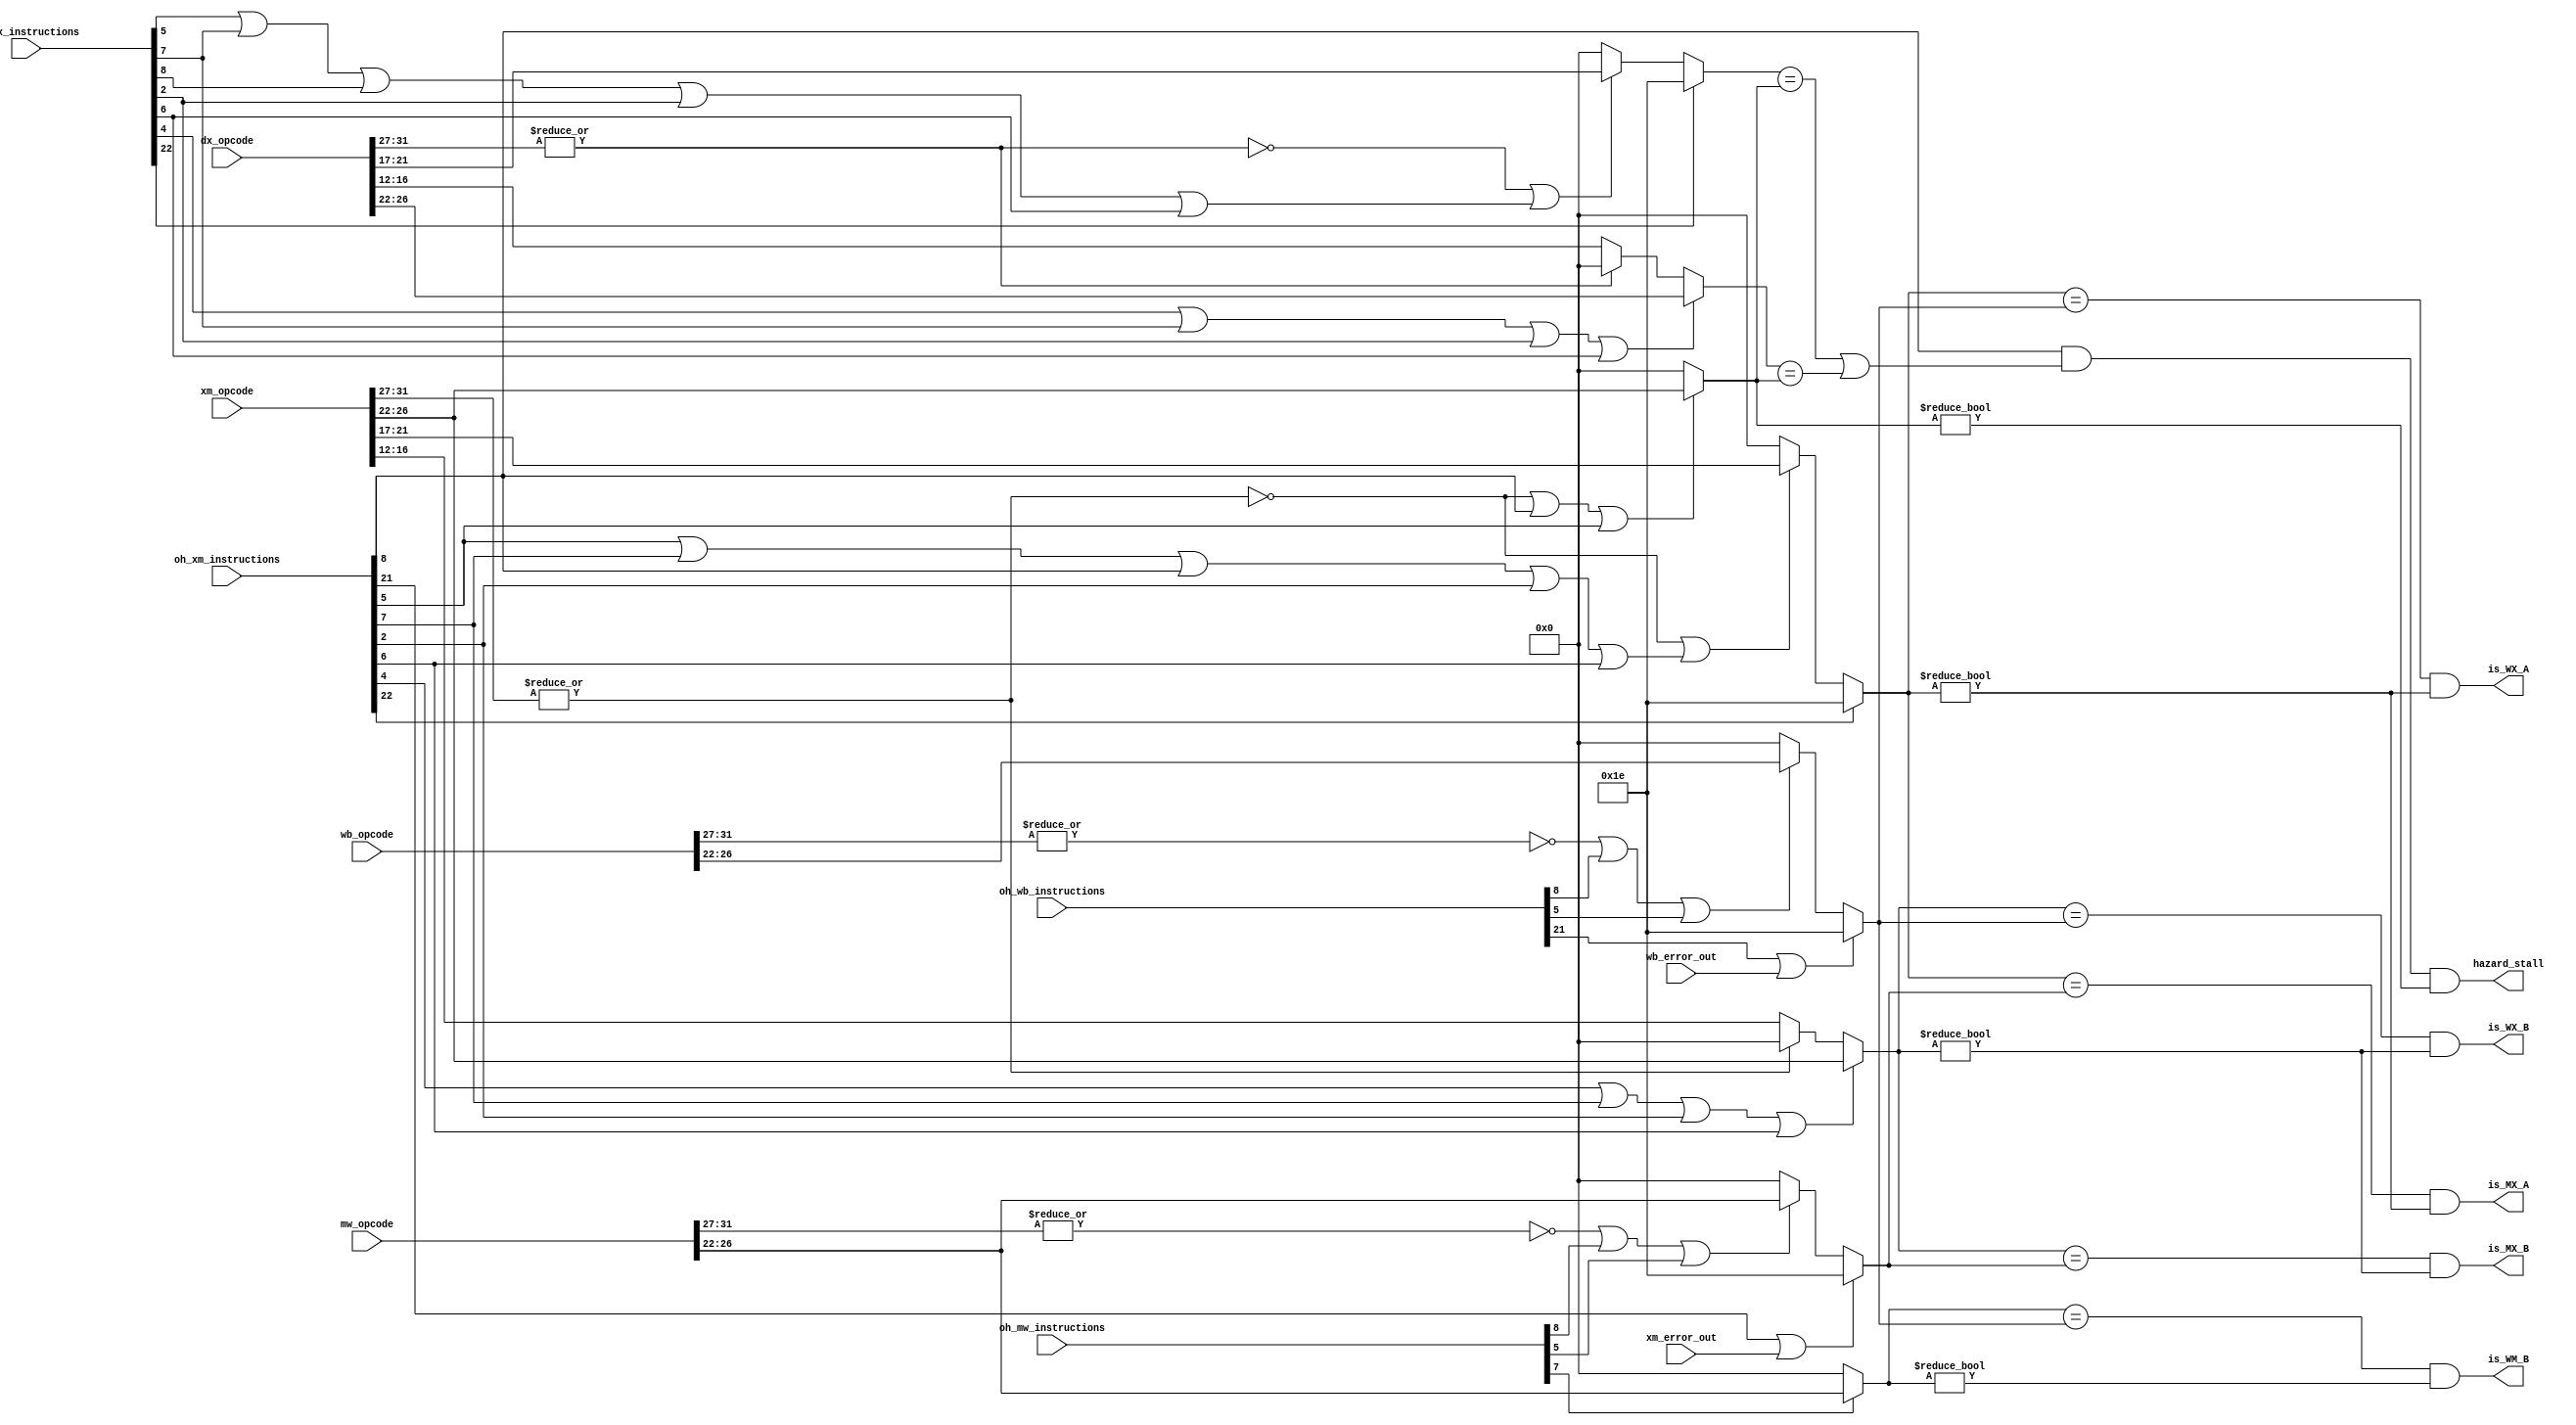
module hazards(is_MX_A, is_MX_B, is_WX_A, is_WX_B, is_WM_B, hazard_stall, oh_dx_instructions, oh_xm_instructions, oh_mw_instructions, oh_wb_instructions, dx_opcode, xm_opcode, mw_opcode, wb_opcode, xm_error_out, wb_error_out);

    input [31:0] dx_opcode, xm_opcode, mw_opcode, wb_opcode; //instructions in each stage
    input [31:0] oh_dx_instructions, oh_xm_instructions, oh_mw_instructions, oh_wb_instructions;  //32 bit OH based on what instruction that stage has (see control for guide)
    input xm_error_out, wb_error_out;
    output is_MX_A, is_MX_B, is_WX_A, is_WX_B, is_WM_B, hazard_stall;
//hazards to fix

    //data hazards

    //Stalling: read before write
        //FD.rs1 or FD.rs2 == DX.RD or XM.RD -> if an input reg of instruction in DX is output of instruction in XM or MW
            //TO FIX-> Insert a NOP going out of DX stage and halt PC and FD stage

    //Bypassing: -> how to compare-> use a bunch of XORs. If the output is all 0, then they are equal
        //MX bypassing -> if output reg in MW is an input reg in XM, bypass with mux into XM (done)
        //WX bypassing -> if output reg in WB is an input reg in XM, bypass with mux into XM (done)
        //CAN DO THIS FOR BOTH A AND B INPUT REGISTERS

        //WM bypassing -> if output reg in WB is data register in MW (register B), mux it into data

    //Stall and bypass
        //if load output is right in front of input of that register, need to stall just 1 and then bypass from wb stage



    //Instructions that will never require bypassing (the ji instructions):
        //j T
        //jal T
        //bex T
        //setx T

    //TODO!!!!!: could be a hazard for setx or if there is an error in the alu
    //TODO-> need to fix hazards for setx and other r30 operations-> rd is always 30, but I haven't done that yet
        //bext -> A is always r30 [22] (done)
        //setx -> rd is always r30 [21] (done)
    //TODO-> if there is an exception in the execute stage, I need to check on reg 30 for previous stage
    //TODO-> might have flipped the lw sw edge case thing, need to double check
    //DX hazard logic
    wire dx_is_R, dx_is_I, dx_is_Ji, dx_is_Jii; //Important for figuring out which registers are actually important for stalling and bypassing
    
    assign dx_is_R = ~|dx_opcode[31:27];
    assign dx_is_I = oh_dx_instructions[5] ||  oh_dx_instructions[7] || oh_dx_instructions[8] || oh_dx_instructions[2] || oh_dx_instructions[6];
    assign dx_is_Ji = oh_dx_instructions[1] || oh_dx_instructions[3] || oh_dx_instructions[22] || oh_dx_instructions[21];
    assign dx_is_Jii = oh_dx_instructions[4];

    wire [4:0] dx_in_A, dx_in_B, dx_out, dx_a_bridge, dx_b_bridge;
    wire hazard_stall;
    //TODO: if we can't bypass the thing later, we will need to stall it here
    
    assign dx_a_bridge = (dx_is_R || dx_is_I) ? dx_opcode[21:17] : 5'b0; //TODO: think I found a bug here, will test it for edge case
    assign dx_in_A = oh_dx_instructions[22] ? 5'd30 : dx_a_bridge; //if it's a bex, the register A is always 30
    assign dx_b_bridge = dx_is_R ? dx_opcode[16:12] : 5'b0; //if it's an R type instruction, B is rt, else, it will be overwritten in execute so doesn't matter
    assign dx_in_B = (dx_is_Jii || oh_dx_instructions[7] || oh_dx_instructions[2] || oh_dx_instructions[6]) ? dx_opcode[26:22] : dx_b_bridge; // for branching, sw, and jr, B really matters and is rd, else, B is 0

    //TODO: this could be made more efficient, as not all instructions where this is true actually need to do operations on the values
    assign hazard_stall = oh_xm_instructions[8] && ((dx_in_A == xm_out) || (dx_in_B == xm_out)) && (xm_out != 5'b0); //if we have a load and need to operate on the input
    

    //if we have a load right before any operation that requires that data (except for store)
    //TODO: some weird logic about storing for stalls

    //XM hazard logic
    wire xm_is_R, xm_is_I, xm_is_Ji, xm_is_Jii; //Important for figuring out which registers are actually important for stalling and bypassing
    
    assign xm_is_R = ~|xm_opcode[31:27];
    assign xm_is_I = oh_xm_instructions[5] ||  oh_xm_instructions[7] || oh_xm_instructions[8] || oh_xm_instructions[2] || oh_xm_instructions[6];
    assign xm_is_Ji = oh_xm_instructions[1] || oh_xm_instructions[3] || oh_xm_instructions[22] || oh_xm_instructions[21];
    assign xm_is_Jii = oh_xm_instructions[4];
    
    wire [4:0] xm_in_A, xm_in_B, xm_out, xm_a_bridge, xm_b_bridge;
    assign xm_out = (xm_is_R || oh_xm_instructions[8] || oh_xm_instructions[5]) ? xm_opcode[26:22] : 5'b0; //rd will be 26:22 if R, lw, addi instruction, else doesn't matter

    //MX Bypass
    assign xm_a_bridge = (xm_is_R || xm_is_I) ? xm_opcode[21:17] : 5'b0;
    assign xm_in_A = oh_xm_instructions[22] ? 5'd30 : xm_a_bridge; //if it's a bex, the register A is always 30

    // assign xm_in_A = (xm_is_R || xm_is_I) ? xm_opcode[21:17] : 5'b0;
    assign xm_b_bridge = xm_is_R ? xm_opcode[16:12] : 5'b0; //if it's an R type instruction, B is rt
    assign xm_in_B = (xm_is_Jii || oh_xm_instructions[7] || oh_xm_instructions[2] || oh_xm_instructions[6]) ? xm_opcode[26:22] : xm_b_bridge; // for branching, sw, and jr, B really matters and is rd, else, B is 0

    //Decide MX Bypass for A and B
    //TODO -> can have this logic and then have control to see if the value would actually be written into the register by having an early reg wren calculation
        //that way, we won't bypass if it really isn't necessary
    wire is_MX_A, is_MX_B;
    //If the output register in MW stage is input to xm stage, we need to wormhole the value in
    assign is_MX_A = (xm_in_A == mw_out) && (xm_in_A != 5'b0);
    assign is_MX_B = (xm_in_B == mw_out) && (xm_in_B != 5'b0); 

    //Decide WX Bypass for A and B
    wire is_WX_A, is_WX_B;
    //If the output register in WB stage is input to xm stage, we need to wormhole the value in
    assign is_WX_A = (xm_in_A == wb_out) && (xm_in_A != 5'b0);
    assign is_WX_B = (xm_in_B == wb_out) && (xm_in_B != 5'b0); 
    
    //mw hazard logic
    wire mw_is_R, mw_is_I, mw_is_Ji, mw_is_Jii; //Important for figuring out which registers are actually important for stalling and bypassing
    
    assign mw_is_R = ~|mw_opcode[31:27];
    assign mw_is_I = oh_mw_instructions[5] ||  oh_mw_instructions[7] || oh_mw_instructions[8] || oh_mw_instructions[2] || oh_mw_instructions[6];
    assign mw_is_Ji = oh_mw_instructions[1] || oh_mw_instructions[3] || oh_mw_instructions[22] || oh_mw_instructions[21];
    assign mw_is_Jii = oh_mw_instructions[4];

    wire [4:0] mw_in_B, mw_out, mw_out_bridge; //mw_in_A not needed
    // assign mw_out = xm_is_Ji ? 5'b0 : xm_opcode[26:22]; //rd will always be 26:22 unless JI instruction -> no longer true
    assign mw_out_bridge = (mw_is_R || oh_mw_instructions[8] || oh_mw_instructions[5]) ? mw_opcode[26:22] : 5'b0; //rd will be 26:22 if R, lw, addi instruction, else doesn't matter
    assign mw_out = (oh_xm_instructions[21] || xm_error_out) ? 5'd30 : mw_out_bridge; //setx always has rd = 30; //TODO: alu exception will go here
    //Decide WM bypass 
    wire is_WM_B;
    assign mw_in_B = oh_mw_instructions[7] ? mw_opcode[26:22] : 5'b0; // for sw B really matters and is rd, else, B is 0;
    assign is_WM_B = (mw_in_B == wb_out) && (mw_in_B != 5'b0);


    //wb hazard logic
    wire wb_is_R, wb_is_I, wb_is_Ji, wb_is_Jii; //Important for figuring out which registers are actually important for stalling and bypassing
    assign wb_is_R = ~|wb_opcode[31:27];
    assign wb_is_I = oh_wb_instructions[5] ||  oh_wb_instructions[7] || oh_wb_instructions[8] || oh_wb_instructions[2] || oh_wb_instructions[6];
    assign wb_is_Ji = oh_wb_instructions[1] || oh_wb_instructions[3] || oh_wb_instructions[22] || oh_wb_instructions[21];
    assign wb_is_Jii = oh_wb_instructions[4];

    wire [4:0] wb_out, wb_out_bridge;  // wb_in_A, wb_in_B not needed

    assign wb_out_bridge = (wb_is_R || oh_wb_instructions[8] || oh_wb_instructions[5]) ? wb_opcode[26:22] : 5'b0; //rd will be 26:22 if R, lw, addi instruction, else doesn't matter
    assign wb_out = (oh_wb_instructions[21] || wb_error_out) ? 5'd30 : wb_out_bridge; //setx always has rd = 30; //TODO: alu exception will go here
    //NOTES
        //potential edge case-> branch/jump wants us to eliminate previous two instructions, but hazard detector wants us to stall, messing it up
            //shouldnt be a problem as long as we implement the hazard control propperly

    //TODO -> when error is in mw, we don't yet have a structure to determine what the error code would be. Instead, we're stupidly outputting the value of the alu op
endmodule